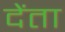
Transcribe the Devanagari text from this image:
देंता